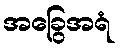
အခြွေအရံ